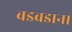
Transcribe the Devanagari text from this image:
बडबडाना